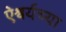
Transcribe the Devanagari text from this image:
ऐश्वर्यच्या